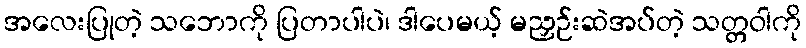
အလေးပြုတဲ့ သဘောကို ပြတာပါပဲ၊ ဒါပေမယ့် မညှဉ်းဆဲအပ်တဲ့ သတ္တဝါကို